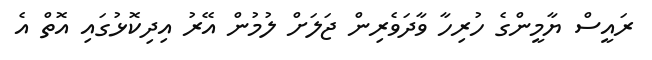
ރައީސް ޔާމީންގެ ހުރިހާ ވާދަވެރިން ޖަލަށް ލުމުން އޭރު އިދިކޮޅުގައި އޮތް އެ